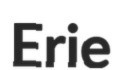
Erie